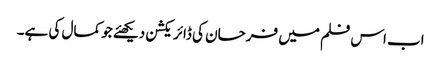
اب اس فلم میں فرحان کی ڈائریکشن دیکھئے جو کمال کی ہے۔